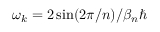
\omega _ { k } = 2 \sin ( 2 \pi / n ) / \beta _ { n } \hbar